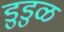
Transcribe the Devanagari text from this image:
डुडुळ